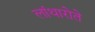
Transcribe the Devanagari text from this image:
लांथारोते